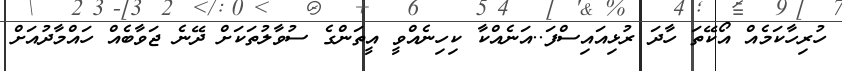
ހުރިހާކަމެއް އޯކޭތަ ހާދަ ރުޅިއައިސްފަ..އަނެއްކާ ކިހިނެއްވީ އީތަންގެ ސުވާލުތަކަށް ދޭނެ ޖަވާބެއް ހައްމާދުއަށް